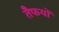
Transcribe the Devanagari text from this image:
तैफयों